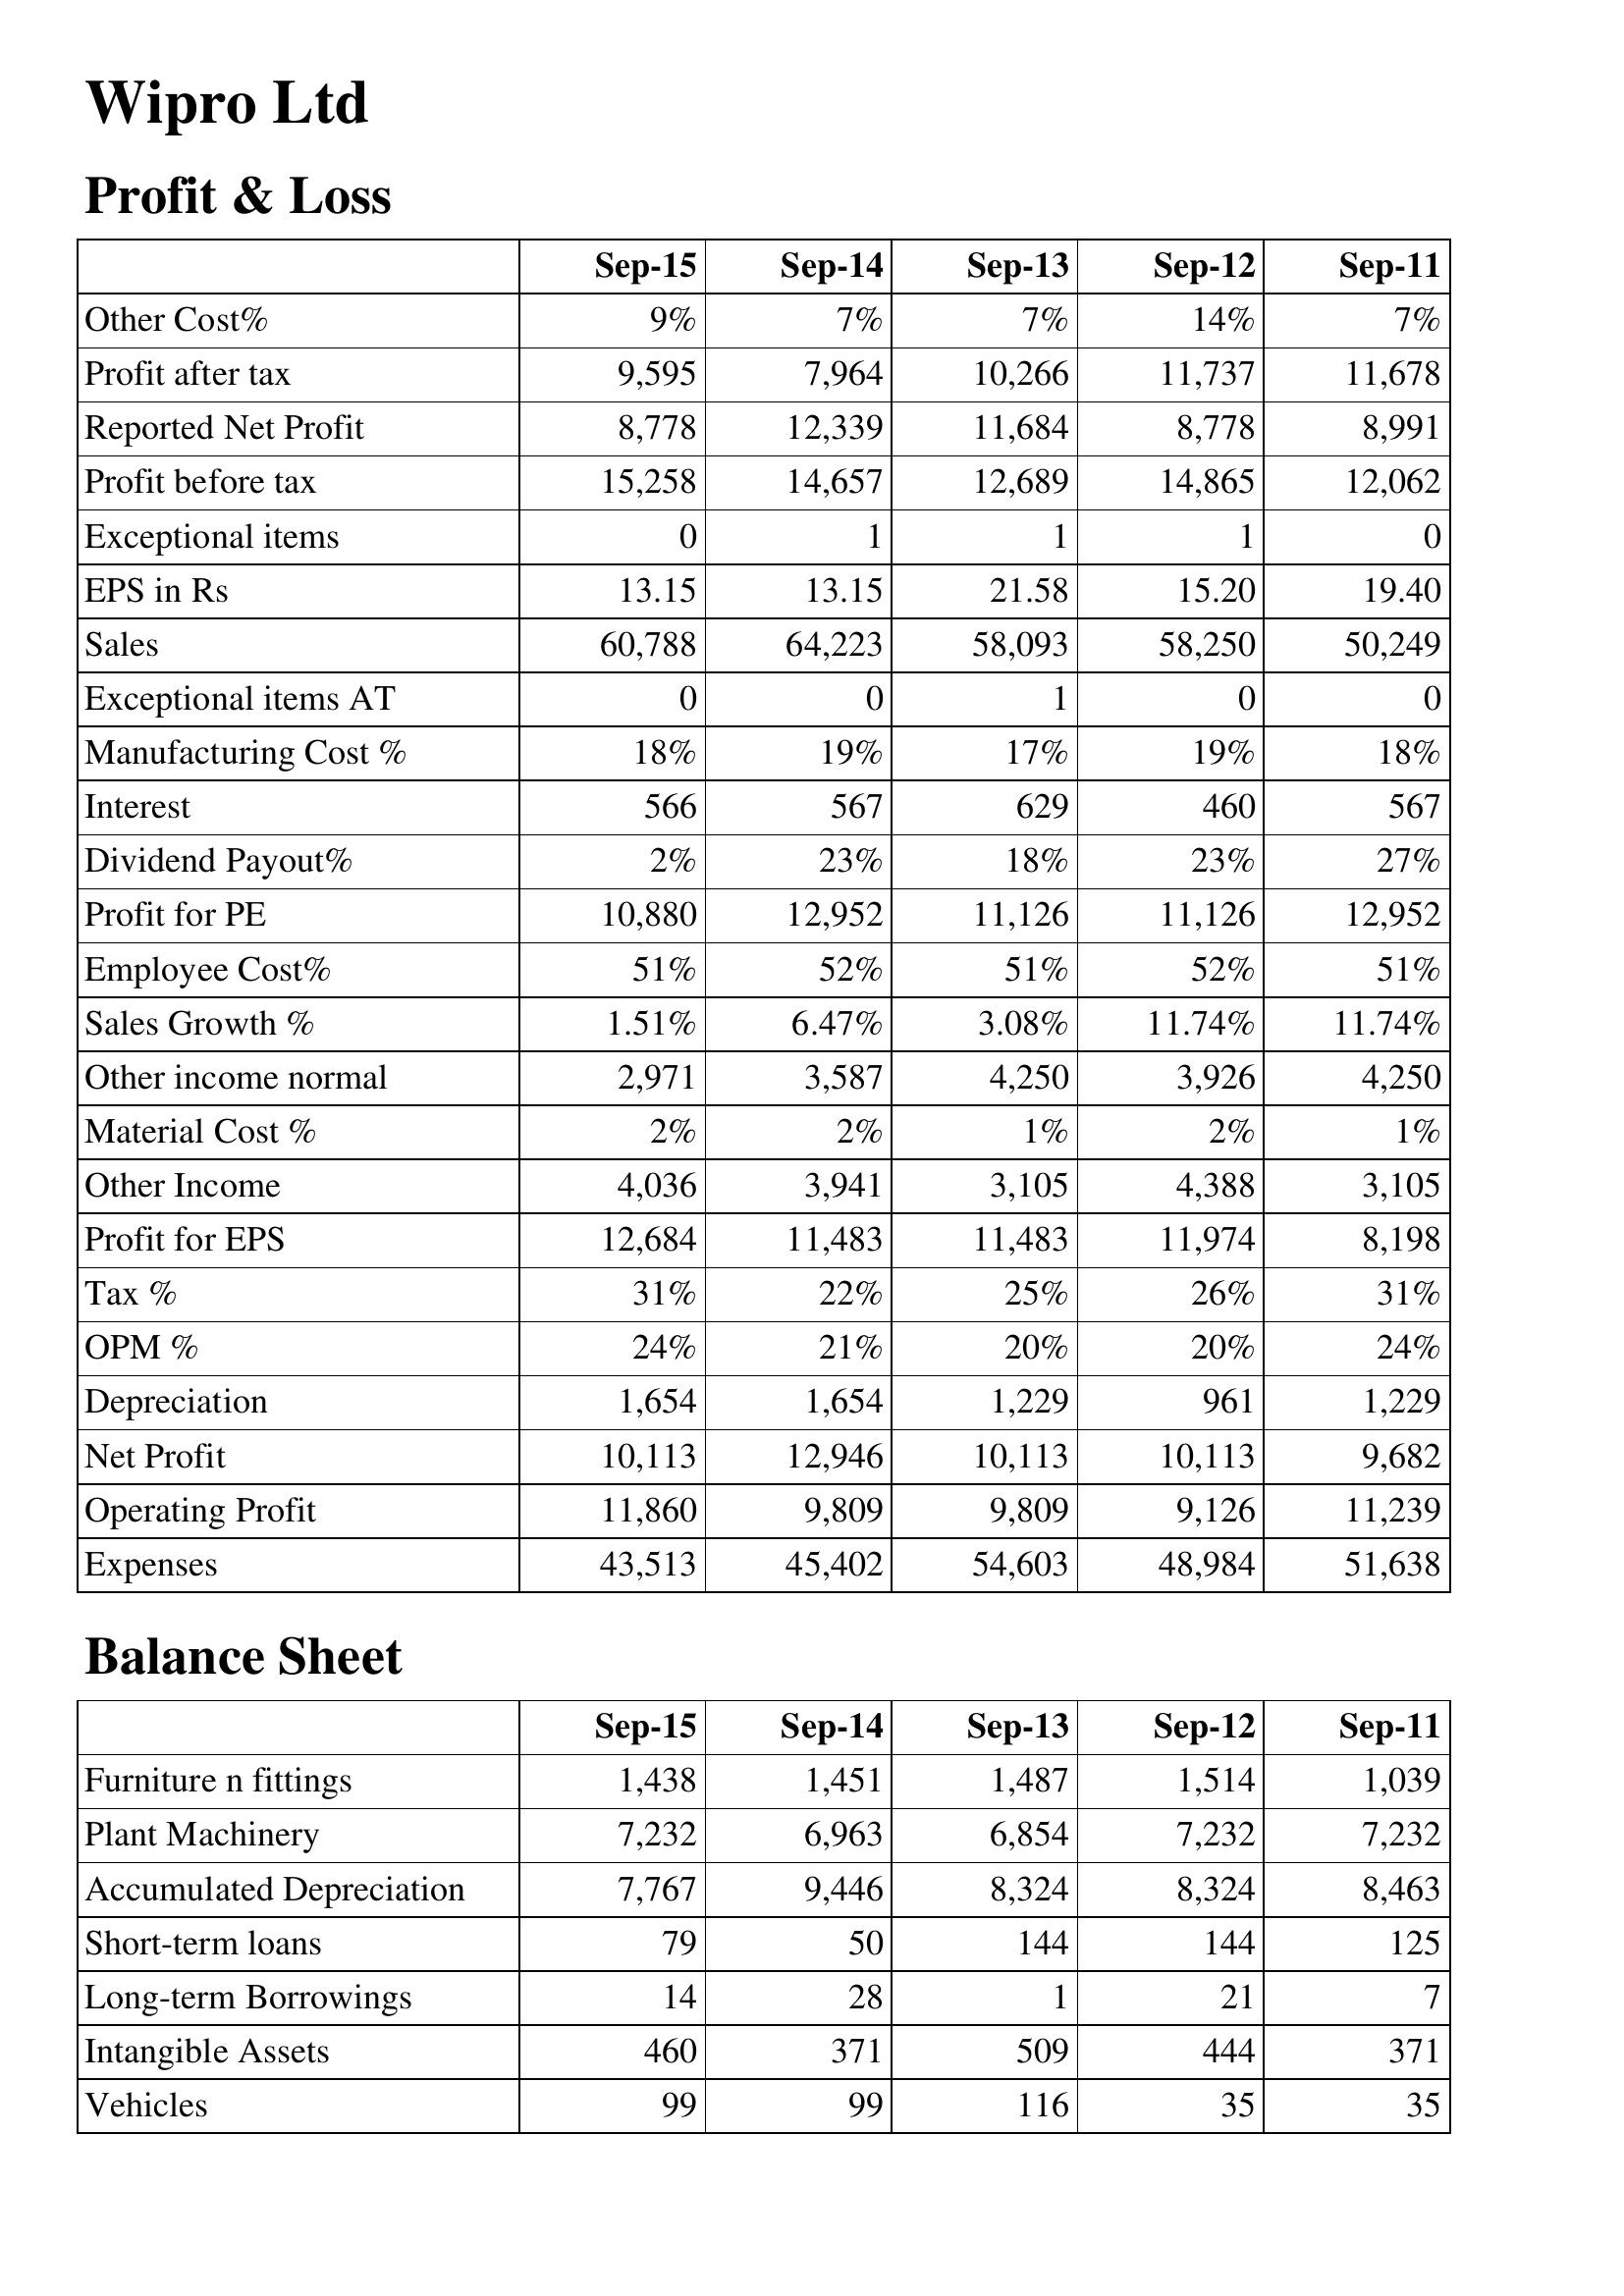
Sep-15: Profit & Loss: Other Cost%: 9%
Profit after tax: 9,595
Reported Net Profit: 8,778
Profit before tax: 15,258
Exceptional items: 0
EPS in Rs: 13.15
Sales: 60,788
Exceptional items AT: 0
Manufacturing Cost %: 18%
Interest: 566
Dividend Payout%: 2%
Profit for PE: 10,880
Employee Cost%: 51%
Sales Growth %: 1.51%
Other income normal: 2,971
Material Cost %: 2%
Other Income: 4,036
Profit for EPS: 12,684
Tax %: 31%
OPM %: 24%
Depreciation: 1,654
Net Profit: 10,113
Operating Profit: 11,860
Expenses: 43,513
Balance Sheet: Furniture n fittings: 1,438
Plant Machinery: 7,232
Accumulated Depreciation: 7,767
Short-term loans: 79
Long-term Borrowings: 14
Intangible Assets: 460
Vehicles: 99
Sep-14: Profit & Loss: Other Cost%: 7%
Profit after tax: 7,964
Reported Net Profit: 12,339
Profit before tax: 14,657
Exceptional items: 1
EPS in Rs: 13.15
Sales: 64,223
Exceptional items AT: 0
Manufacturing Cost %: 19%
Interest: 567
Dividend Payout%: 23%
Profit for PE: 12,952
Employee Cost%: 52%
Sales Growth %: 6.47%
Other income normal: 3,587
Material Cost %: 2%
Other Income: 3,941
Profit for EPS: 11,483
Tax %: 22%
OPM %: 21%
Depreciation: 1,654
Net Profit: 12,946
Operating Profit: 9,809
Expenses: 45,402
Balance Sheet: Furniture n fittings: 1,451
Plant Machinery: 6,963
Accumulated Depreciation: 9,446
Short-term loans: 50
Long-term Borrowings: 28
Intangible Assets: 371
Vehicles: 99
Sep-13: Profit & Loss: Other Cost%: 7%
Profit after tax: 10,266
Reported Net Profit: 11,684
Profit before tax: 12,689
Exceptional items: 1
EPS in Rs: 21.58
Sales: 58,093
Exceptional items AT: 1
Manufacturing Cost %: 17%
Interest: 629
Dividend Payout%: 18%
Profit for PE: 11,126
Employee Cost%: 51%
Sales Growth %: 3.08%
Other income normal: 4,250
Material Cost %: 1%
Other Income: 3,105
Profit for EPS: 11,483
Tax %: 25%
OPM %: 20%
Depreciation: 1,229
Net Profit: 10,113
Operating Profit: 9,809
Expenses: 54,603
Balance Sheet: Furniture n fittings: 1,487
Plant Machinery: 6,854
Accumulated Depreciation: 8,324
Short-term loans: 144
Long-term Borrowings: 1
Intangible Assets: 509
Vehicles: 116
Sep-12: Profit & Loss: Other Cost%: 14%
Profit after tax: 11,737
Reported Net Profit: 8,778
Profit before tax: 14,865
Exceptional items: 1
EPS in Rs: 15.20
Sales: 58,250
Exceptional items AT: 0
Manufacturing Cost %: 19%
Interest: 460
Dividend Payout%: 23%
Profit for PE: 11,126
Employee Cost%: 52%
Sales Growth %: 11.74%
Other income normal: 3,926
Material Cost %: 2%
Other Income: 4,388
Profit for EPS: 11,974
Tax %: 26%
OPM %: 20%
Depreciation: 961
Net Profit: 10,113
Operating Profit: 9,126
Expenses: 48,984
Balance Sheet: Furniture n fittings: 1,514
Plant Machinery: 7,232
Accumulated Depreciation: 8,324
Short-term loans: 144
Long-term Borrowings: 21
Intangible Assets: 444
Vehicles: 35
Sep-11: Profit & Loss: Other Cost%: 7%
Profit after tax: 11,678
Reported Net Profit: 8,991
Profit before tax: 12,062
Exceptional items: 0
EPS in Rs: 19.40
Sales: 50,249
Exceptional items AT: 0
Manufacturing Cost %: 18%
Interest: 567
Dividend Payout%: 27%
Profit for PE: 12,952
Employee Cost%: 51%
Sales Growth %: 11.74%
Other income normal: 4,250
Material Cost %: 1%
Other Income: 3,105
Profit for EPS: 8,198
Tax %: 31%
OPM %: 24%
Depreciation: 1,229
Net Profit: 9,682
Operating Profit: 11,239
Expenses: 51,638
Balance Sheet: Furniture n fittings: 1,039
Plant Machinery: 7,232
Accumulated Depreciation: 8,463
Short-term loans: 125
Long-term Borrowings: 7
Intangible Assets: 371
Vehicles: 35